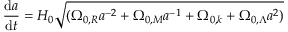
{ \frac { \mathrm { d } a } { \mathrm { d } t } } = H _ { 0 } { \sqrt { ( \Omega _ { 0 , R } a ^ { - 2 } + \Omega _ { 0 , M } a ^ { - 1 } + \Omega _ { 0 , k } + \Omega _ { 0 , \Lambda } a ^ { 2 } ) } }